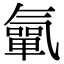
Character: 㲷